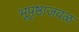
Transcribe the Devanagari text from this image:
भूपृष्ठाजवळ